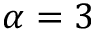
\alpha = 3